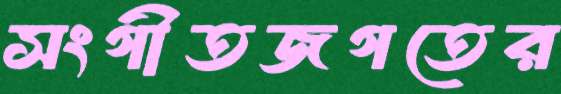
সংগীতজগতের